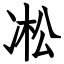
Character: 凇